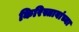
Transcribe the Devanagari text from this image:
किरिस्तावांच्या